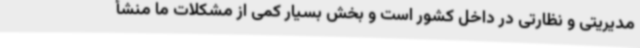
مدیریتی و نظارتی در داخل کشور است و بخش بسیار کمی از مشکلات ما منشأ